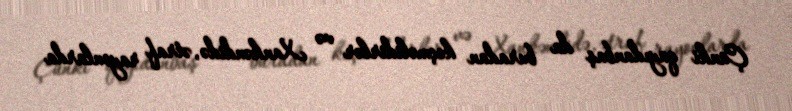
Çünki qayıdanbaş da buradan keçməlidirlər və Xankəndidə, ətraf rayonlarda